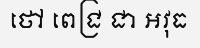
ថៅ ពេជ្រ ជា អវុធ